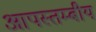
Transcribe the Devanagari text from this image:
आपस्तम्बीय